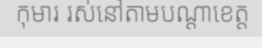
កុមារ រស់នៅតាមបណ្តាខេត្ត